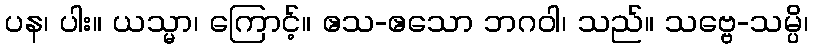
ပန၊ ပါး။ ယသ္မာ၊ ကြောင့်။ ဧသ-ဧသော ဘဂဝါ၊ သည်။ သဗ္ဗေ-သမ္ပိ၊